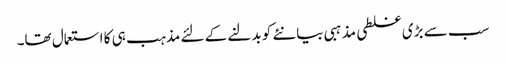
سب سے بڑی غلطی مذہبی بیانئے کو بدلنے کے لئے مذہب ہی کا استعمال تھا۔